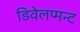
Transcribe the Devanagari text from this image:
डिवेलप्मन्ट